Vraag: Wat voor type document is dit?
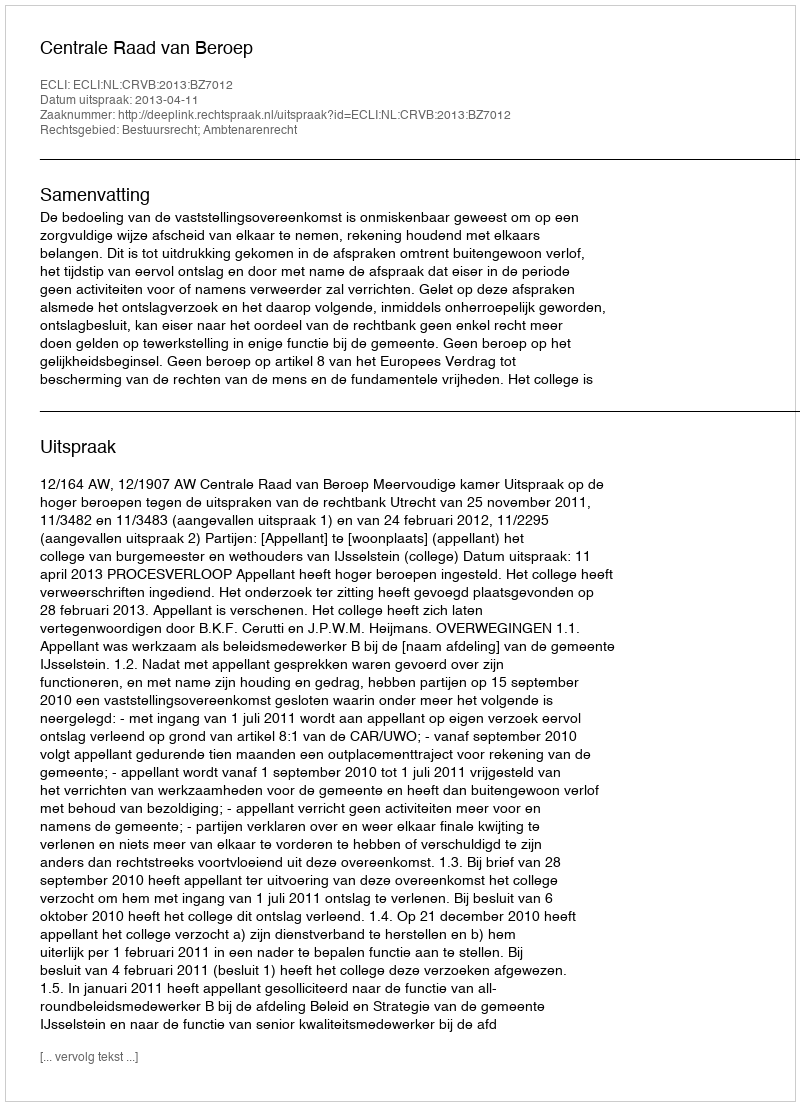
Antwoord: Uitspraak